Indian journal of veterinary science and animal husbandry - Volume 5,
Year: 1935
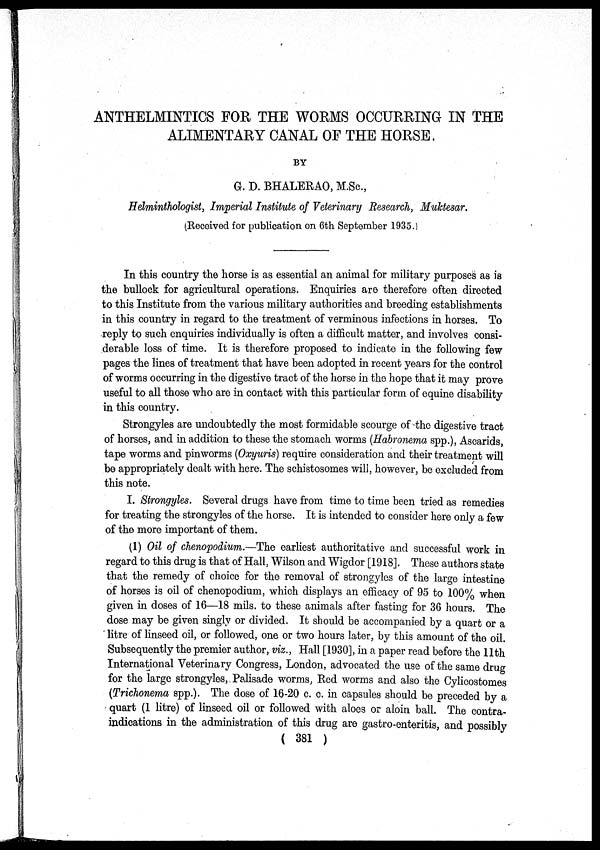
ANTHELMINTICS FOR THE WORMS OCCURRING IN THE
ALIMENTARY CANAL OF THE HORSE.
BY
G. D. BHALERAO, M.Sc.,
Helminthologist, Imperial Institute of Veterinary Research, Muktesar.
(Received for publication on 6th September 1935.)
In this country the horse is as essential an animal for military purposes as is
the bullock for agricultural operations. Enquiries are therefore often directed
to this Institute from the various military authorities and breeding establishments
in this country in regard to the treatment of verminous infections in horses. To
reply to such enquiries individually is often a difficult matter, and involves consi-
derable loss of time. It is therefore proposed to indicate in the following few
pages the lines of treatment that have been adopted in recent years for the control
of worms occurring in the digestive tract of the horse in the hope that it may prove
useful to all those who are in contact with this particular form of equine disability
in this country.
Strongyles are undoubtedly the most formidable scourge of the digestive tract
of horses, and in addition to these the stomach worms (Habronema spp.), Ascarids,
tape worms and pinworms (Oxyuris) require consideration and their treatment will
be appropriately dealt with here. The schistosomes will, however, be excluded from
this note.
I. Strongyles. Several drugs have from time to time been tried as remedies
for treating the strongyles of the horse. It is intended to consider here only a few
of the more important of them.
(1) Oil of chenopodium.—The earliest authoritative and successful work in
regard to this drug is that of Hall, Wilson and Wigdor [1918]. These authors state
that the remedy of choice for the removal of strongyles of the large intestine
of horses is oil of chenopodium, which displays an efficacy of 95 to 100% when
given in doses of 16—18 mils. to these animals after fasting for 36 hours. The
dose may be given singly or divided. It should be accompanied by a quart or a
litre of linseed oil, or followed, one or two hours later, by this amount of the oil.
Subsequently the premier author, viz., Hall [1930], in a paper read before the 11th
International Veterinary Congress, London, advocated the use of the same drug
for the large strongyles, Palisade worms, Red worms and also the Cylicostomes
(Trichonema spp.). The dose of 16-20 c. c. in capsules should be preceded by a
quart (1 litre) of linseed oil or followed with aloes or aloin ball. The contra-
indications in the administration of this drug are gastro-enteritis, and possibly
( 381 )